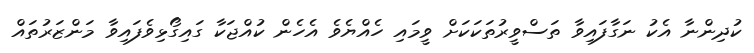
ކުދިންނާ އެކު ނަގާފައިވާ ތަސްވީރުތަކަކަށް ވީމައި ހެއްޔެވެ އެހެން ކުއްޖަކާ ގައިގޯޅިވެފައިވާ މަންޒަރުތައް